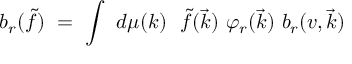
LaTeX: b _ { r } ( \tilde { f } ) \ = \ \int \ d \mu ( k ) \ \ \tilde { f } ( \vec { k } ) \ { \varphi } _ { r } ( \vec { k } ) \ b _ { r } ( v , \vec { k } )